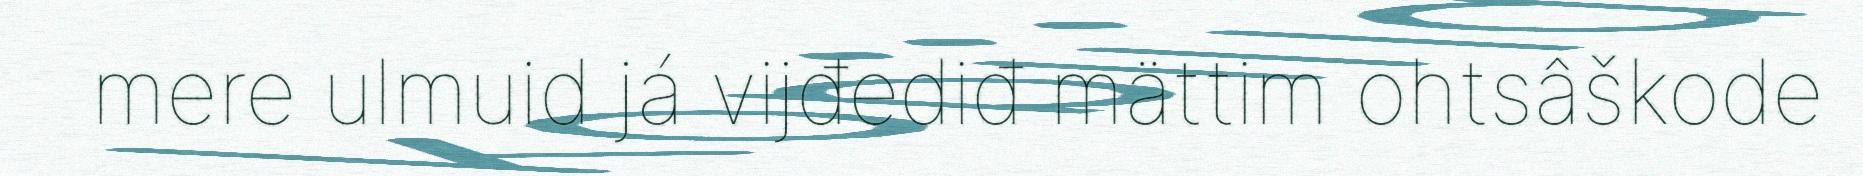
mere ulmuid já vijđediđ mättim ohtsâškode